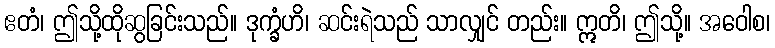
ဧတံ၊ ဤသို့ထိုဆွခြင်းသည်။ ဒုက္ခံဟိ၊ ဆင်းရဲသည် သာလျှင် တည်း။ ဣတိ၊ ဤသို့။ အဝေါစ၊